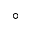
^ \circ